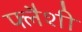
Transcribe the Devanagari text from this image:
फ्लैशी